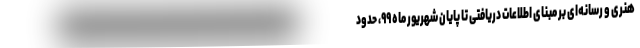
هنری و رسانه‌ای بر مبنای اطلاعات دریافتی تا پایان شهریور ماه ۹۹، حدود